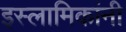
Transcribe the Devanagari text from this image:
इस्लामिकांनी